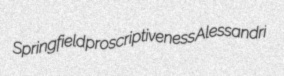
Springfield proscriptiveness Alessandri